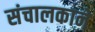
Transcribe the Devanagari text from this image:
संचालकाने